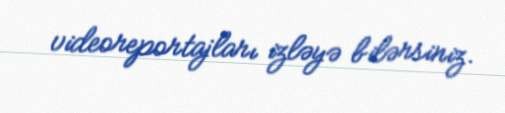
videoreportajları izləyə bilərsiniz.